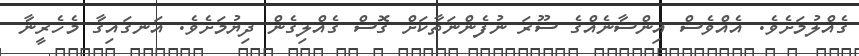
ގެއްލުމަށެވެ. އެއްވެސް އިންސާނެއްގެ ސޫރަ ނުފެންނަތާކަށް ގޮސް ގެއްލިގެން ދިޔުމަށެވެ. އަނގައިގާ މެހެރީނާ